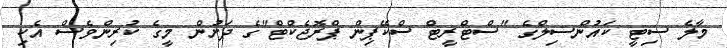
މާލެ ސިޓީ ކައުންސިލްގެ "ސްޓްރީޓް ސްކޭޕިން ޕްރޮޖެކްޓް"ގެ ދަށުން މީގެ ކުރިންވެސް އެކި